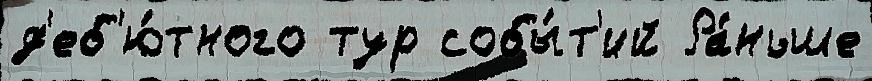
д'еб'ю́тного тур собы́т'ий Ра́ньше